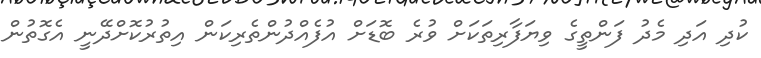
ކުދި އަދި މެދު ފަންތީގެ ވިޔަފާރިތަކަށް ވުރެ ބޮޑަށް އުފެއްދުންތެރިކަން އިތުރުކޮށްދޭނީ އެގޮތުން